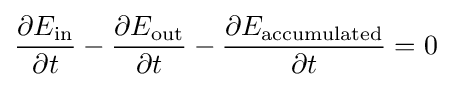
{\big .}{\frac {\partial E_{\mathrm {in} }}{\partial t}}-{\frac {\partial E_{\mathrm {out} }}{\partial t}}-{\frac {\partial E_{\mathrm {accumulated} }}{\partial t}}=0